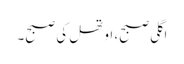
اگلی صبح، اوتھل کی صبح۔